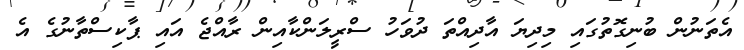
އެތަނުން ބުނިގޮތުގައި މިދިޔަ އާދިއްތަ ދުވަހު ސްރީލަންކާއިން ރާއްޖެ އައި ޕާކިސްތާނުގެ އެ